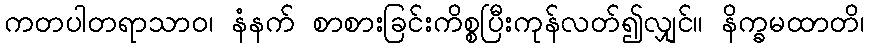
ကတပါတရာသာဝ၊ နံနက် စာစားခြင်းကိစ္စပြီးကုန်လတ်၍လျှင်။ နိက္ခမထာတိ၊